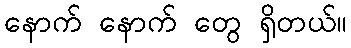
နောက် နောက် တွေ ရှိတယ်။